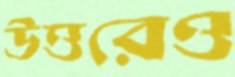
উত্তরেও